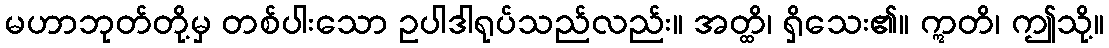
မဟာဘုတ်တို့မှ တစ်ပါးသော ဥပါဒါရုပ်သည်လည်း။ အတ္ထိ၊ ရှိသေး၏။ ဣတိ၊ ဤသို့။